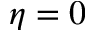
\eta = 0